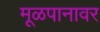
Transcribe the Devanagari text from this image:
मूळपानावर